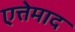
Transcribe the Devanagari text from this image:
एत्तेमाद